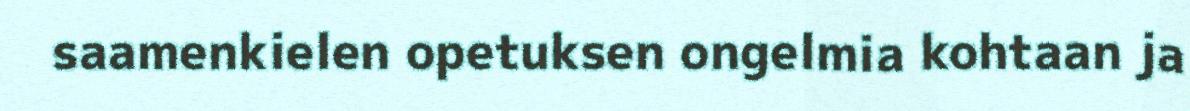
saamenkielen opetuksen ongelmia kohtaan ja